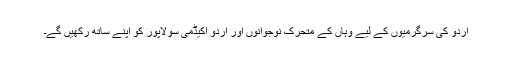
اُردو کی سرگرمیوں کے لیے وہاں کے متحرک نوجوانوں اور اردو اکیڈمی سولاپور کو اپنے ساتھ رکھیں گے۔